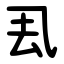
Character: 厾